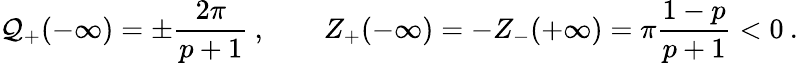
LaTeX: \displaystyle{\cal Q}_{+}(-\infty)=\pm\frac{2\pi}{p+1}\: ,\qquad Z_{+}(-\infty)=-Z_{-}(+\infty)=\pi\frac{1-p}{p+1}<0\: .